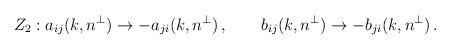
LaTeX: \begin{align*}Z_2 : a_{ij}(k,n^\perp)\rightarrow -a_{ji}(k,n^\perp)\,, \qquad b_{ij}(k,n^\perp)\rightarrow -b_{ji}(k,n^\perp)\,.\end{align*}